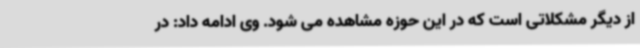
از دیگر مشکلاتی است که در این حوزه مشاهده می شود. وی ادامه داد: در